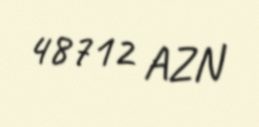
48712 AZN